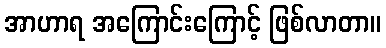
အာဟာရ အကြောင်းကြောင့် ဖြစ်လာတာ။